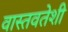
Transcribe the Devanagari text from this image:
वास्तवतेशी